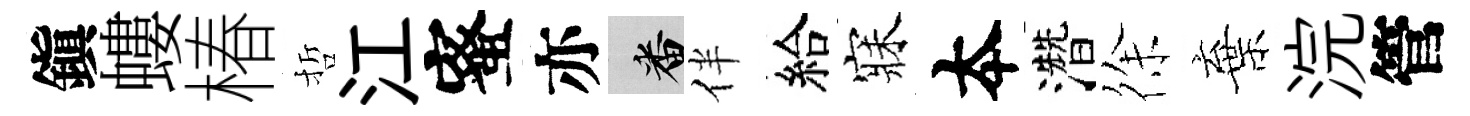
鎭螻椿哲江蜜亦番伴給寐夲濳徐棄浣管